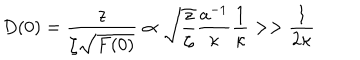
D ( 0 ) = \frac { z } { \zeta \sqrt { F ( 0 ) } } \propto \sqrt { \frac { z } { \zeta } } \frac { a ^ { - 1 } } { \kappa } \frac { 1 } { \kappa } > > \frac { 1 } { 2 \kappa }